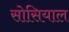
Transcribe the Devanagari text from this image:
सोसियाल